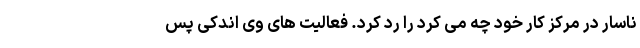
ناسار در مرکز کار خود چه می کرد را رد کرد. فعالیت های وی اندکی پس